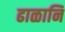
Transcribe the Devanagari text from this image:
ढाळानि